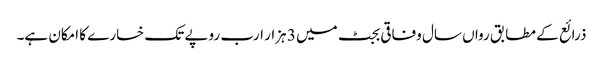
ذرائع کے مطابق رواں سال وفاقی بجٹ میں 3 ہزار ارب روپے تک خسارے کا امکان ہے۔